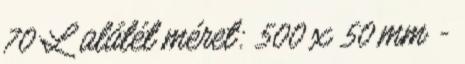
70 L alátét méret: 500 x 50 mm -